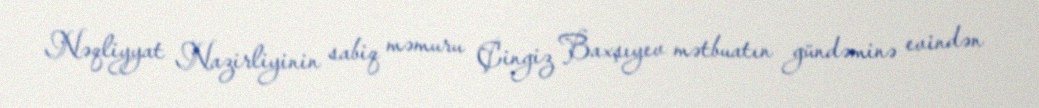
Nəqliyyat Nazirliyinin sabiq məmuru Çingiz Baxşıyev mətbuatın gündəminə evindən